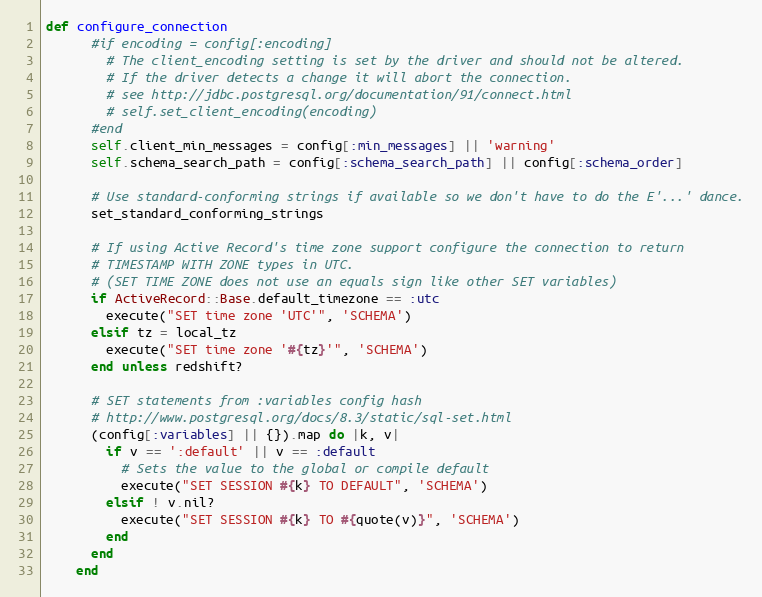
Language: Ruby
def configure_connection
      #if encoding = config[:encoding]
        # The client_encoding setting is set by the driver and should not be altered.
        # If the driver detects a change it will abort the connection.
        # see http://jdbc.postgresql.org/documentation/91/connect.html
        # self.set_client_encoding(encoding)
      #end
      self.client_min_messages = config[:min_messages] || 'warning'
      self.schema_search_path = config[:schema_search_path] || config[:schema_order]

      # Use standard-conforming strings if available so we don't have to do the E'...' dance.
      set_standard_conforming_strings

      # If using Active Record's time zone support configure the connection to return
      # TIMESTAMP WITH ZONE types in UTC.
      # (SET TIME ZONE does not use an equals sign like other SET variables)
      if ActiveRecord::Base.default_timezone == :utc
        execute("SET time zone 'UTC'", 'SCHEMA')
      elsif tz = local_tz
        execute("SET time zone '#{tz}'", 'SCHEMA')
      end unless redshift?

      # SET statements from :variables config hash
      # http://www.postgresql.org/docs/8.3/static/sql-set.html
      (config[:variables] || {}).map do |k, v|
        if v == ':default' || v == :default
          # Sets the value to the global or compile default
          execute("SET SESSION #{k} TO DEFAULT", 'SCHEMA')
        elsif ! v.nil?
          execute("SET SESSION #{k} TO #{quote(v)}", 'SCHEMA')
        end
      end
    end